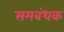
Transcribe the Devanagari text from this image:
समबंधक